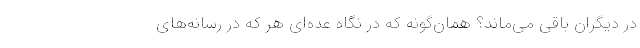
در دیگران باقی می‌ماند؟ همان‌گونه که در نگاه عده‌ای هر که در رسانه‌های